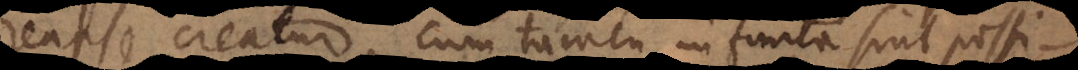
reapse creatur, cum tamen infinita sint possi